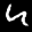
Label: 4